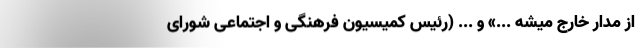
از مدار خارج میشه ...» و ... (رئیس کمیسیون فرهنگی و اجتماعی شورای